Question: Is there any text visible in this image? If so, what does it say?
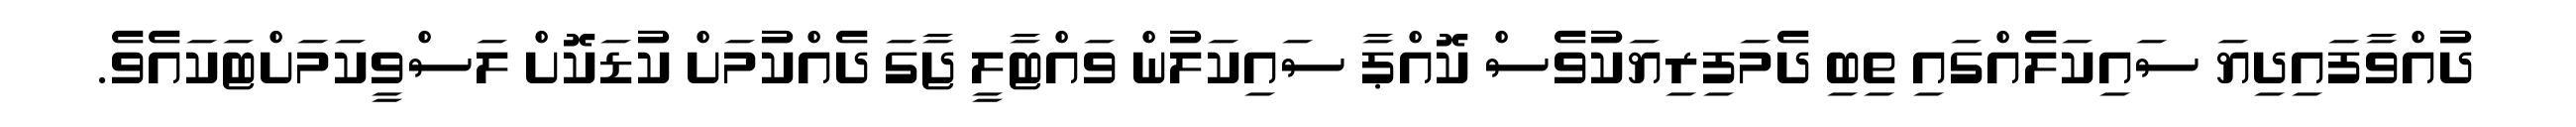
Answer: ދުއްވާފައިދިޔަ ސައިކަލެއްގައި ތިބި ދެމަފިރިޔަކުވެސް ކޮއްޕާ ސައިކަލުން ވައްޓާލީ ޖާގަ ދެއްކުމަށް ކުޑަކޮށް ލަސްވީކަމަށްޓަކައެވެ.